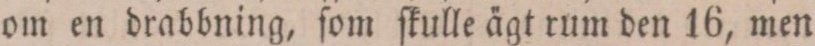
om en drabbning, ſom ſkulle ägt rum den 16, men